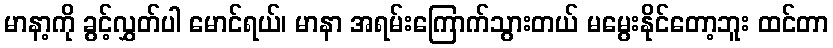
မာနာ့ကို ခွင့်လွှတ်ပါ မောင်ရယ်၊ မာနာ အရမ်းကြောက်သွားတယ် မမွေးနိုင်တော့ဘူး ထင်တာ